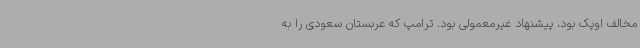
مخالف اوپک بود، پیشنهاد غیرمعمولی بود. ترامپ که عربستان سعودی را به